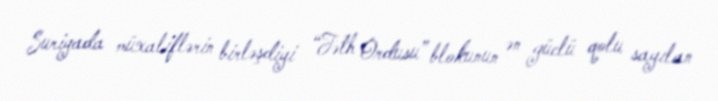
Suriyada müxaliflərin birləşdiyi “Fəth Ordusu” blokunun ən güclü qolu sayılan